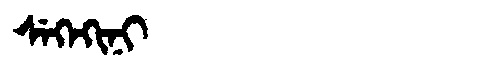
Manchu: ᠰᡝᡴᡝᡴᡳᠨᡳ
Romanization: SEKEKINI